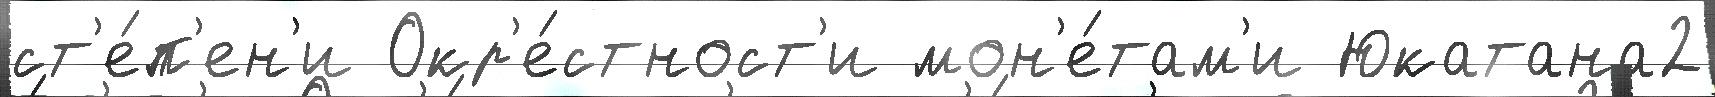
ст'е́п'ен'и Окр'е́стност'и мон'е́там'и Юкатана2